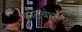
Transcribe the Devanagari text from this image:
प्रतिबंधाच्या